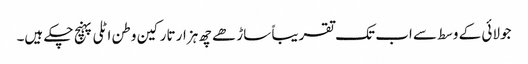
جولائی کے وسط سے اب تک تقریباً ساڑھے چھ ہزار تارکین وطن اٹلی پہنچ چکے ہیں۔